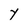
Character: Y